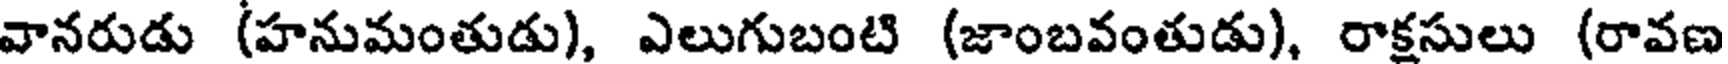
వానరుడు (హనుమంతుడు), ఎలుగుబంటి (జాంబవంతుడు), రాక్షసులు (రావణ